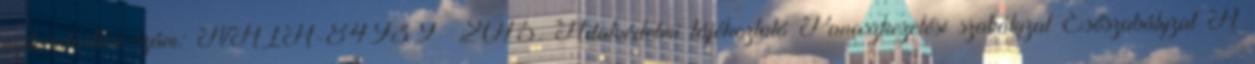
nyilvántartási szám: NAIH-84939 2015. Adatvédelmi tájékoztató Panaszkezelési szabályzat Esőszabályzat A